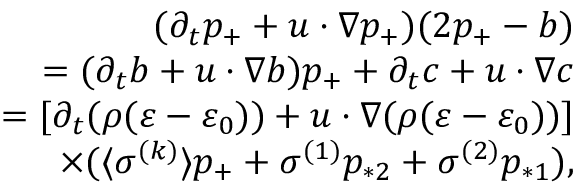
\begin{array} { r } { ( \partial _ { t } p _ { + } + \* u \cdot \nabla p _ { + } ) ( 2 p _ { + } - b ) } \\ { = ( \partial _ { t } b + \* u \cdot \nabla b ) p _ { + } + \partial _ { t } c + \* u \cdot \nabla c } \\ { = [ \partial _ { t } ( \rho ( \varepsilon - \varepsilon _ { 0 } ) ) + \* u \cdot \nabla ( \rho ( \varepsilon - \varepsilon _ { 0 } ) ) ] } \\ { \times ( \langle \sigma ^ { ( k ) } \rangle p _ { + } + \sigma ^ { ( 1 ) } p _ { * 2 } + \sigma ^ { ( 2 ) } p _ { * 1 } ) , } \end{array}